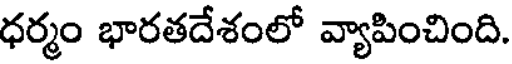
ధర్మం భారతదేశంలో వ్యాపించింది.